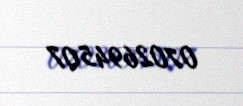
0702694507